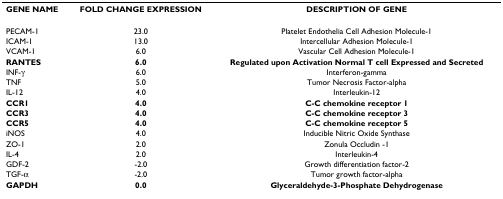
<table><thead><tr><td><b>GENE NAME</b></td><td><b>FOLD CHANGE EXPRESSION</b></td><td><b>DESCRIPTION OF GENE</b></td></tr></thead><tbody><tr><td>PECAM-1</td><td>23.0</td><td>Platelet Endothelia Cell Adhesion Molecule-1</td></tr><tr><td>ICAM-1</td><td>13.0</td><td>Intercellular Adhesion Molecule-1</td></tr><tr><td>VCAM-1</td><td>6.0</td><td>Vascular Cell Adhesion Molecule-1</td></tr><tr><td><b>RANTES</b></td><td><b>6.0</b></td><td><b>Regulated upon Activation Normal T cell Expressed and Secreted</b></td></tr><tr><td>INF-γ</td><td>6.0</td><td>Interferon-gamma</td></tr><tr><td>TNF</td><td>5.0</td><td>Tumor Necrosis Factor-alpha</td></tr><tr><td>IL-12</td><td>4.0</td><td>Interleukin-12</td></tr><tr><td><b>CCR1</b></td><td><b>4.0</b></td><td><b>C-C chemokine receptor 1</b></td></tr><tr><td><b>CCR3</b></td><td><b>4.0</b></td><td><b>C-C chemokine receptor 3</b></td></tr><tr><td><b>CCR5</b></td><td><b>4.0</b></td><td><b>C-C chemokine receptor 5</b></td></tr><tr><td>iNOS</td><td>4.0</td><td>Inducible Nitric Oxide Synthase</td></tr><tr><td>ZO-1</td><td>2.0</td><td>Zonula Occludin -1</td></tr><tr><td>IL-4</td><td>2.0</td><td>Interleukin-4</td></tr><tr><td>GDF-2</td><td>-2.0</td><td>Growth differentiation factor-2</td></tr><tr><td>TGF-α</td><td>-2.0</td><td>Tumor growth factor-alpha</td></tr><tr><td><b>GAPDH</b></td><td><b>0.0</b></td><td><b>Glyceraldehyde-3-Phosphate Dehydrogenase</b></td></tr></tbody></table>